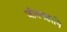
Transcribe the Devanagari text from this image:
जीवनहानि